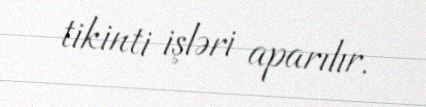
tikinti işləri aparılır.